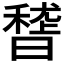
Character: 𥡳